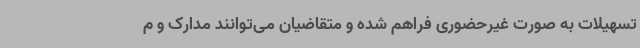
تسهیلات به صورت غیرحضوری فراهم شده و متقاضیان می‌توانند مدارک و م